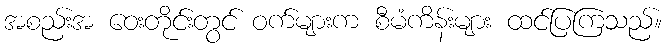
အစည်းအ ဝေးတိုင်းတွင် ဝက်များက စီမံကိန်းများ ထင်ပြကြသည်။